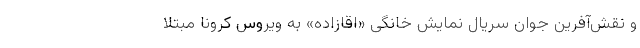
و نقش‌آفرین جوان سریال نمایش خانگی «اقازاده» به ویروس کرونا مبتلا